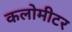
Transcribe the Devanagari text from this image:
कलोमीटर